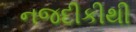
નજદીકીથી